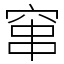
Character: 窜